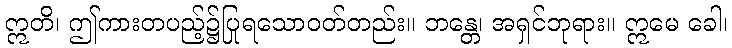
ဣတိ၊ ဤကားတပည့်၌ပြုရသောဝတ်တည်း။ ဘန္တေ၊ အရှင်ဘုရား။ ဣမေ ခေါ၊